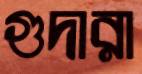
গুদারা